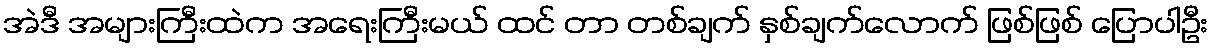
အဲဒီ အများကြီးထဲက အရေးကြီးမယ် ထင် တာ တစ်ချက် နှစ်ချက်လောက် ဖြစ်ဖြစ် ပြောပါဦး